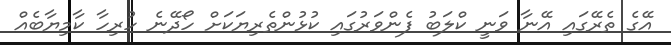
އޭގެ ތެރޭގައި އޭނާ ވަނީ ކްލަބު ފެންވަރުގައި ކުޅުންތެރިޔަކަށް ހޯދޭނެ ހުރިހާ ކާމިޔާބެއް